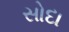
સોદા